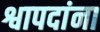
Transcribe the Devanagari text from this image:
श्वापदांना